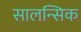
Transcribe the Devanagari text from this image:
सालन्सिक